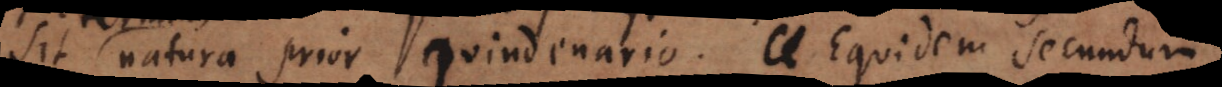
s natura prior quindenario. Equidem secundum